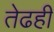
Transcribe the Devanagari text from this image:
तेढही